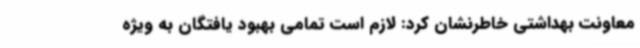
معاونت بهداشتی خاطرنشان کرد: لازم است تمامی بهبود یافتگان به ویژه